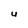
Character: U